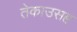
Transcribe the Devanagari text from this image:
तेकाउसह